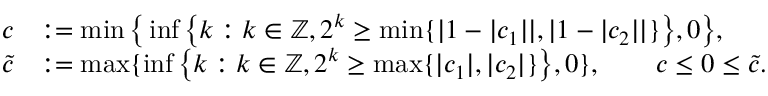
\begin{array} { r l } { c } & { : = \operatorname* { m i n } \big \{ \operatorname* { i n f } \big \{ k : k \in \mathbb { Z } , 2 ^ { k } \geq \operatorname* { m i n } \{ | 1 - | c _ { 1 } | | , | 1 - | c _ { 2 } | | \} \big \} , 0 \big \} , } \\ { \tilde { c } } & { : = \operatorname* { m a x } \{ \operatorname* { i n f } \big \{ k : k \in \mathbb { Z } , 2 ^ { k } \geq \operatorname* { m a x } \{ | c _ { 1 } | , | c _ { 2 } | \} \big \} , 0 \} , \qquad c \leq 0 \leq \tilde { c } . } \end{array}